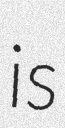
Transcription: is